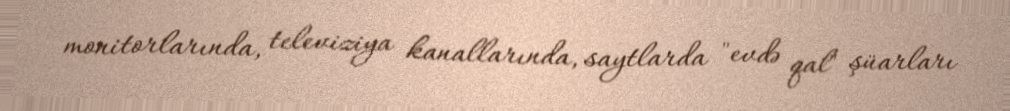
monitorlarında, televiziya kanallarında, saytlarda "evdə qal" şüarları